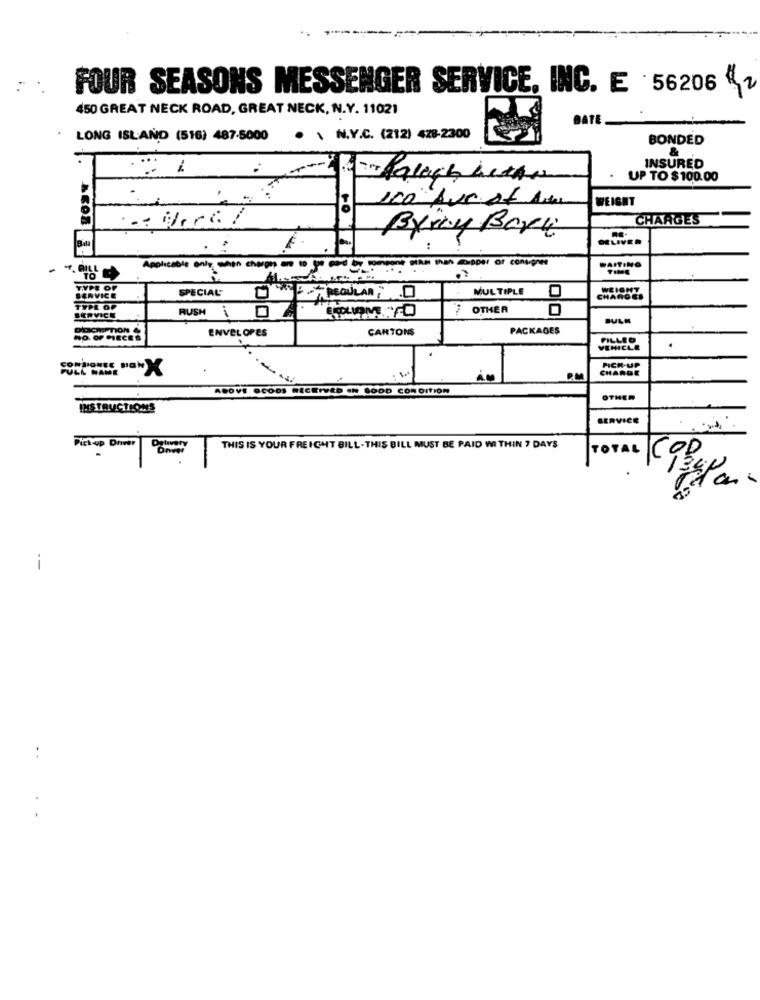
FOUR SEASONS MESSENGER SERVICE, INC. E . 56206 "
450 GREAT NECK ROAD, GREAT NECK, N.Y. 11021
BATE
LONG ISLAND (516) 487-5000 . \ N.V.C. (212) 428-2300
BONDED
&
-
INSURED
Palach better
UP TO $100.00
100 Due of Arm
WEIGHT
CHARGES
Byray Bari
Applicable only when cheops a to you can See
WAITING
TYPE OF
SPECIAL
MULTIPLE
SERVICE
REGULAR , . 0
CHARGES
TYPE OF
RUSH i 04.
OTHER
ERVICE
BULN
DEICRIPTION &
ENVELOPES
CARTONS
PACKAGES
NO. OF PIECES
FILLEO
VEHICLE
.
CHARGE
PICK-UP
P.M
ABOVE 0600S RECEIVED IN GOOD CONDITION
OTHER
INSTRUCTIONS
SERVICE
Pick-up Driver
THIS IS YOUR FREIGHT BILL- THIS BILL MUST BE PAID WITHIN 7 DAYS
TOTAL
amet
i